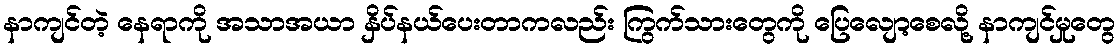
နာကျင်တဲ့ နေရာကို အသာအယာ နှိပ်နယ်ပေးတာကလည်း ကြွက်သားတွေကို ပြေလျော့စေလို့ နာကျင်မှုတွေ